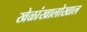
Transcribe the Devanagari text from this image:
खेळांखालोखाल